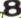
8